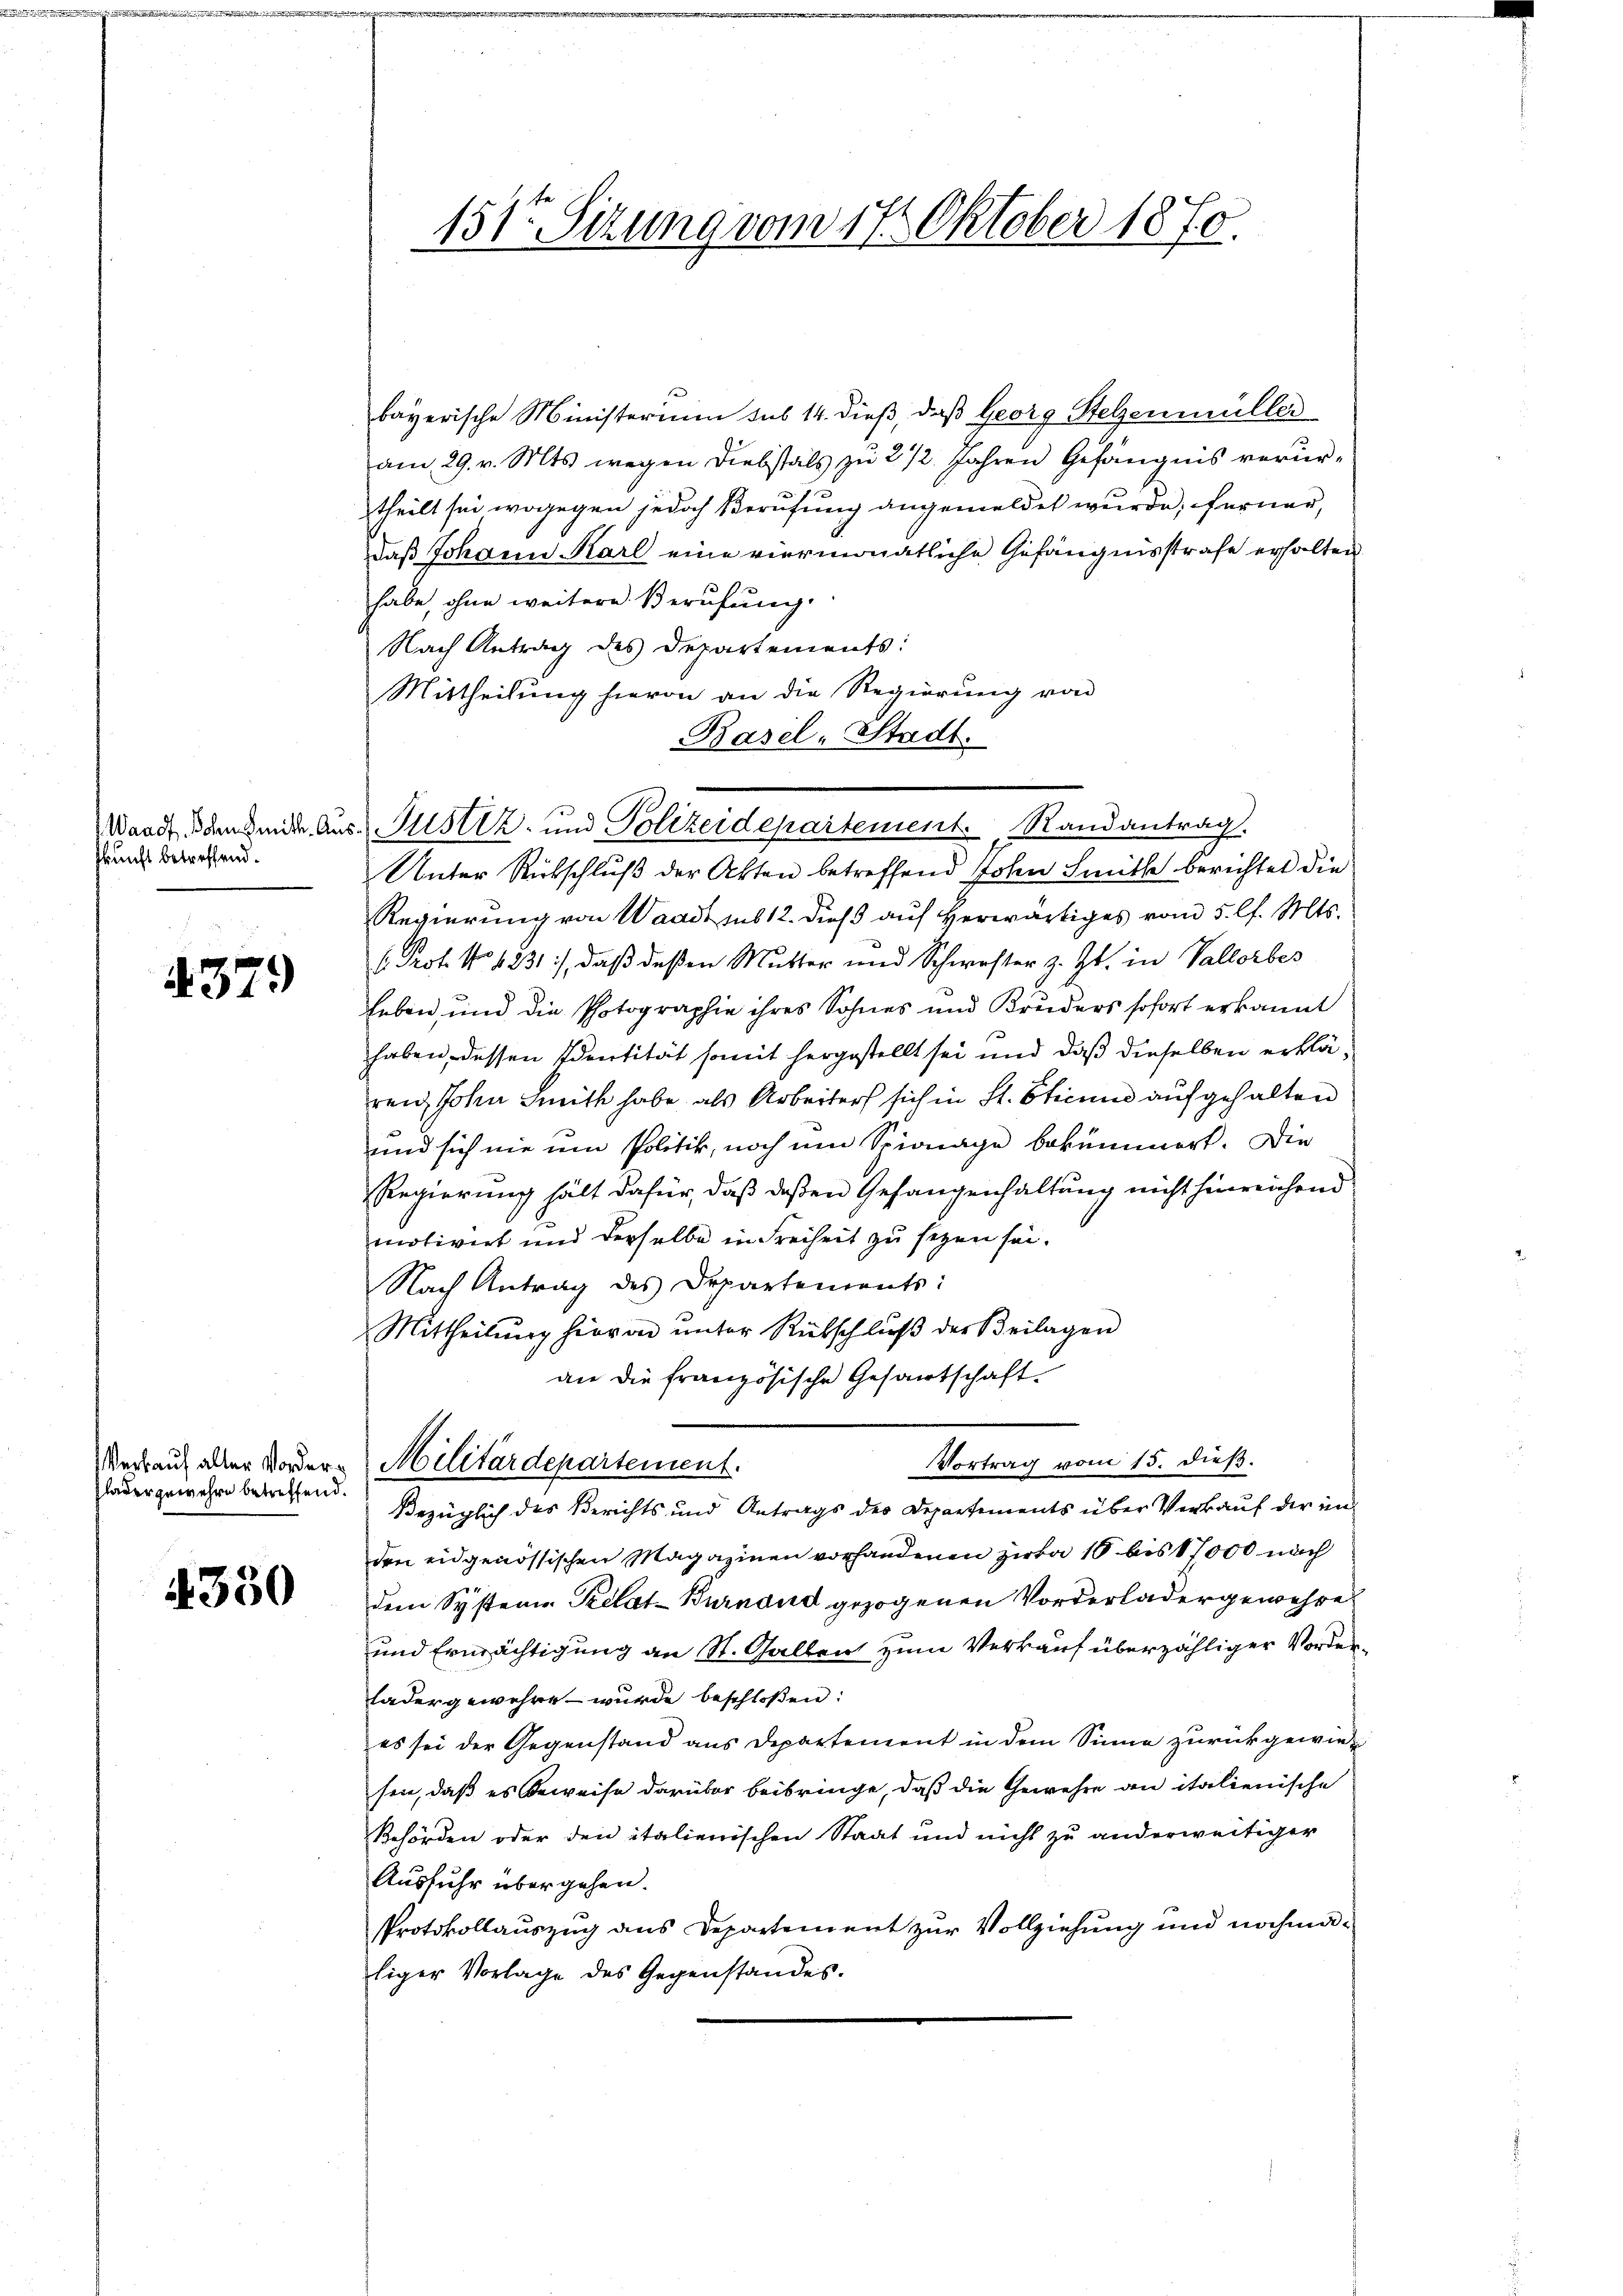
Waadt Bohn Smith. Aus
kunft betreffend.

4379)

Verkauf aller Vorderlader gewehre betreffend.

350

151ten Sizung vom 17. Oktober 1870.

bayerische Ministerium sub 14. dieß, daß Georg Stelzenmüller
am 29. v. Mts. wegen Diebstals zu 2 1/2 Jahren Gefängnis verurtheilt sei wogegen jedoch Berufung angemeldet wurde; ferner,
daß Johann Karl eine viermonatliche Gefängnisstrafe erhalten
habe, ohne weitere Berufung.
Nach Antrag des Departements:
Mittheilung hievon an die Regierung von
Basel-Stadt.
Unter Rutschluß der Akten betreffend Johen Sitte berichtet die
Regierung von Waadt sub 12. Dieß auf herwärtiges vom 5. l. Mts.
(. Prof. No 1231), daß deßen Mutter und Schwester z. Zt. in Vallorbes
heben, und die Photographie ihres Sohnes und Bruders sofort erkannt
haben, dessen Identität somit hergestellt sei und daß dieselben erklären, Johan mith habe, als Arbeiter sich in St. Sticum aufgehalten
und sich nie um Politik, noch um Spionage bekümmert. Die
Regierung hält dafür, daß deßen Gefangenhaltung nicht hinreichend
motivirt und derselbe in Freiheit zu sezen sei.
Nach Antrag des Departements:
Mittheilŭng hievon ŭnter Rückschlŭβ der Beilagen
an die französische Gesamtschaft.
Vortrag vom 15. dieß.
Militärdepartement.
Bezüglich des Berichts und Antrags der Departements über Verkauf der in
den eidgenössischen Magazinen vorhandenen Zirka 10 bis 17000 nach
dem System Relat-Burnaud gezogenen Vorderladergewehre
und Ermächtigung an St. Gallen zum Verkauf überzähliger Vorder¬
Ladergewehre wurde beschlossen:
es sei der Gegenstand aus Departement in dem Sinne zurückgewiesen, daß es beweise darüber beibringe, daß die Gewehre an italienische
Behörden oder den italienischen Staat und nicht zu anderweitiger
Ausfuhr übergehen.
Protokollauszug aus Departement zur Vollziehung und nochmaliger Vorlage des Gegenstandes.

Justiz- und Polizeidepartement. Randantrag.